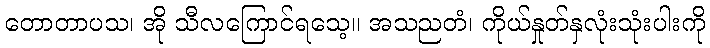
တောတာပသ၊ အို သီလကြောင်ရသေ့။ အသညတံ၊ ကိုယ်နှုတ်နှလုံးသုံးပါးကို